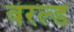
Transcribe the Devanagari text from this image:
वरल्ड